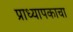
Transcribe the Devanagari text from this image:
प्राध्यापकाचा